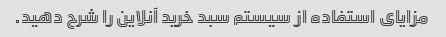
مزایای استفاده از سیستم سبد خرید آنلاین را شرح دهید.